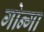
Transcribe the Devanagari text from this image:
गोन्गा